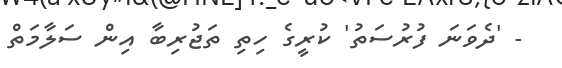
- 'ދެވަނަ ފުރުސަތު' ކުރީގެ ހިތި ތަޖުރިބާ އިން ސަލާމަތް